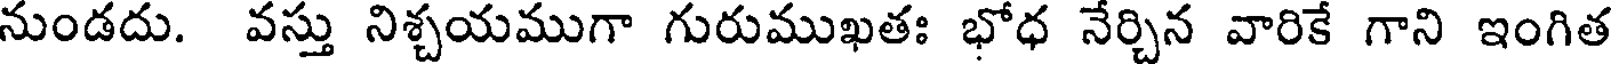
నుండదు. వస్తు నిశ్చయముగా గురుముఖతః భోధ నేర్చిన వారికే గాని ఇంగిత